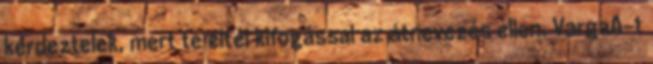
kérdeztelek, mert te éltél kifogással az átnevezés ellen. VargaA-t